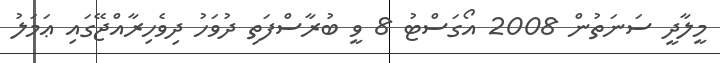
މީލާދީ ސަނަތުން 2008 އޯގަސްޓު 8 ވީ ބުރާސްފަތި ދުވަހު ދިވެހިރާއްޖޭގައި ޢަމަލު